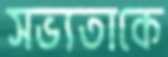
সভ্যতাকে